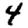
Digit: 4